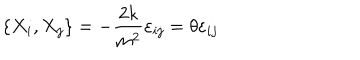
LaTeX: \left\{ X _ { i } , X _ { j } \right\} = - \frac { 2 k } { m ^ { 2 } } \varepsilon _ { i j } = \theta \varepsilon _ { i j }